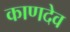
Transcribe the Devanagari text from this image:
काणदेव